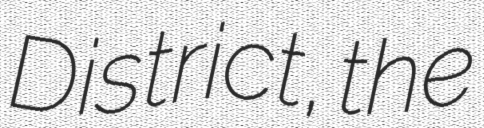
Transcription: District, the